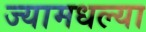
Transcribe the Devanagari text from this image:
ज्यामधल्या